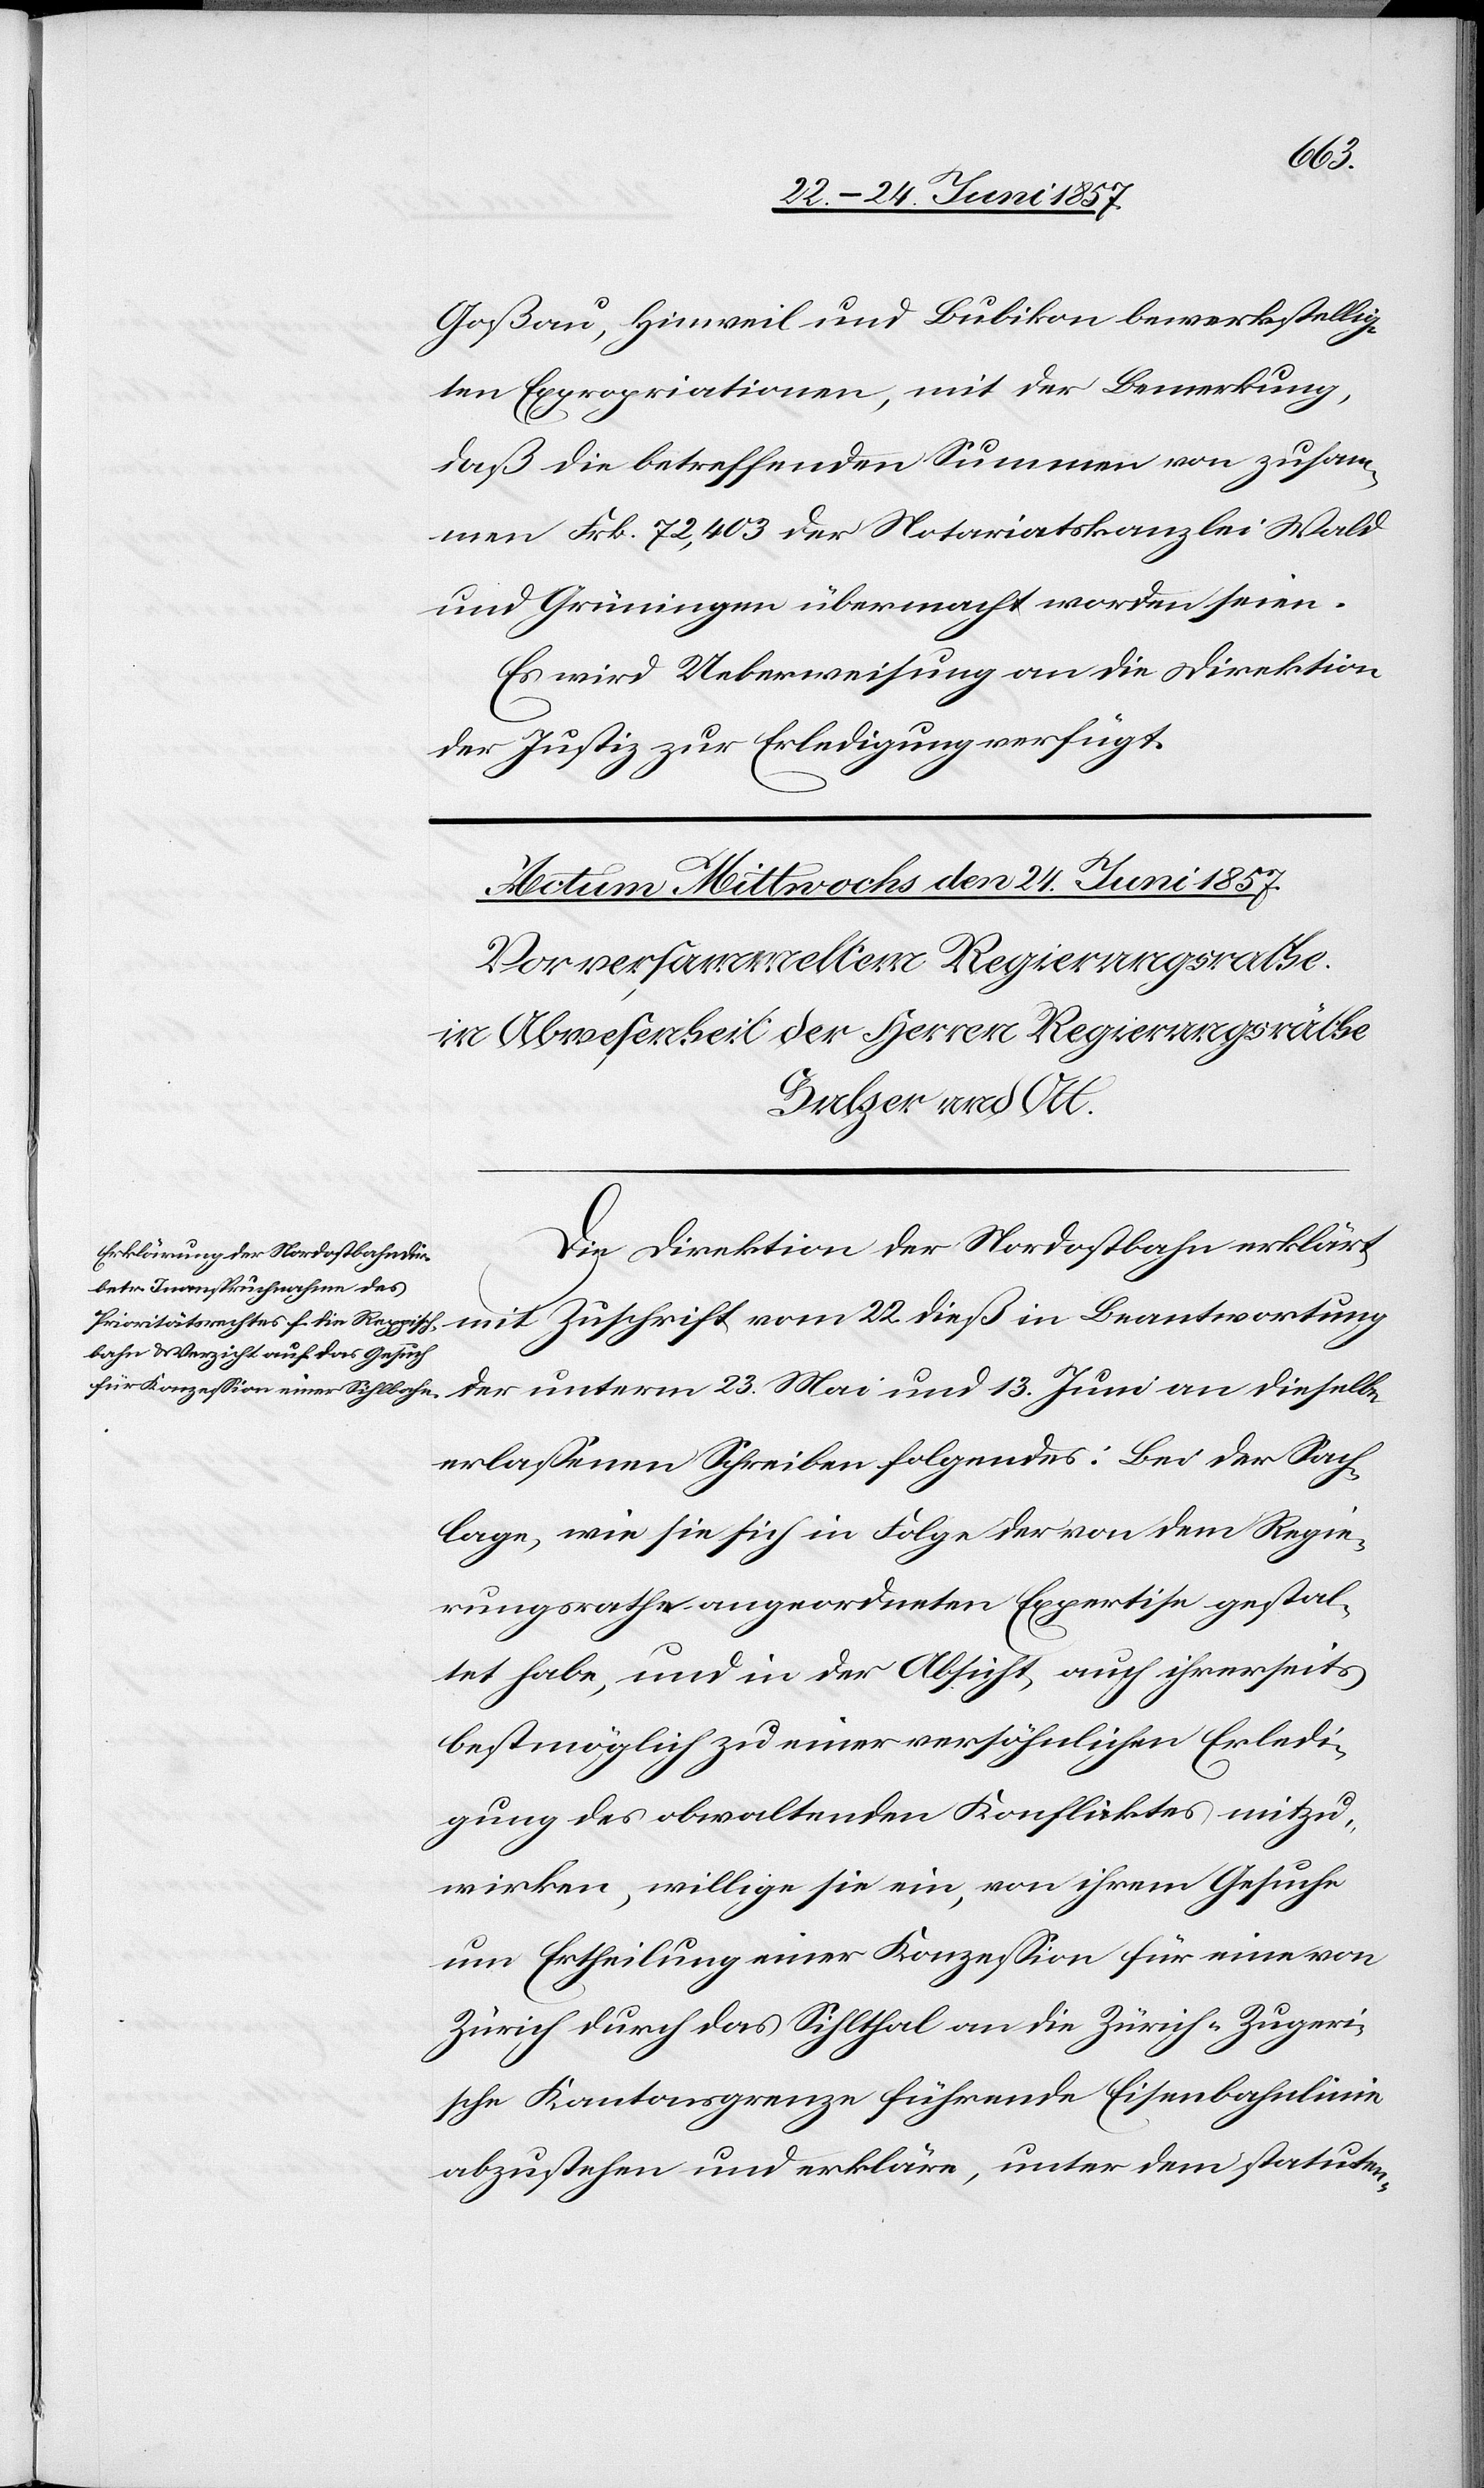
Mai
Goßau, Hinweil und Bubikon bewerkstellig¬
ten Expropriationen, mit der Bemerkung,
daß die betreffenden Summen von zusam¬
men Frk. 72,403 der Notariatskanzlei bei Wald
und Grüningen übermacht worden seien.
Es wird Ueberweisung an die Direktion
der Justiz zur Erledigung verfügt.
Die Direktion der Nordostbahn erklärt
erlassenen Schreiben folgendes: Bei der Sach¬
lage, wie sie sich in Folge der von dem Regie¬
rungsrathe angeordneten Expertise gestal¬
tet habe, und in der Absicht, auch ihrerseits
bestmöglich zu einer versöhnlichen Erledi¬
gung des obwaltenden Konfliktes mitzu¬
wirken, willige sie ein, von ihrem Gesuche
um Ertheilung einer Konzession für eine von
Zürich durch das Sihlthal an die Zürich-Zugeri¬
sche Kantonsgrenze führende Eisenbahnlinie
abzustehen und erkläre, unter dem statuten-